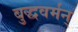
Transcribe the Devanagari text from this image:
बुद्धवर्मन्